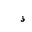
Letter: _thal